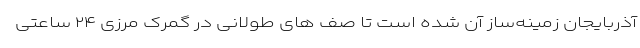
آذربایجان زمینه‌ساز آن شده است تا صف های طولانی در گمرک مرزی ۲۴ ساعتی